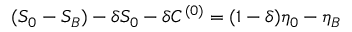
( S _ { 0 } - S _ { B } ) - \delta S _ { 0 } - \delta C ^ { ( 0 ) } = ( 1 - \delta ) \eta _ { 0 } - \eta _ { B }